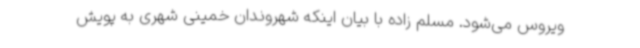
ویروس می‌شود. مسلم زاده با بیان اینکه شهروندان خمینی شهری به پویش